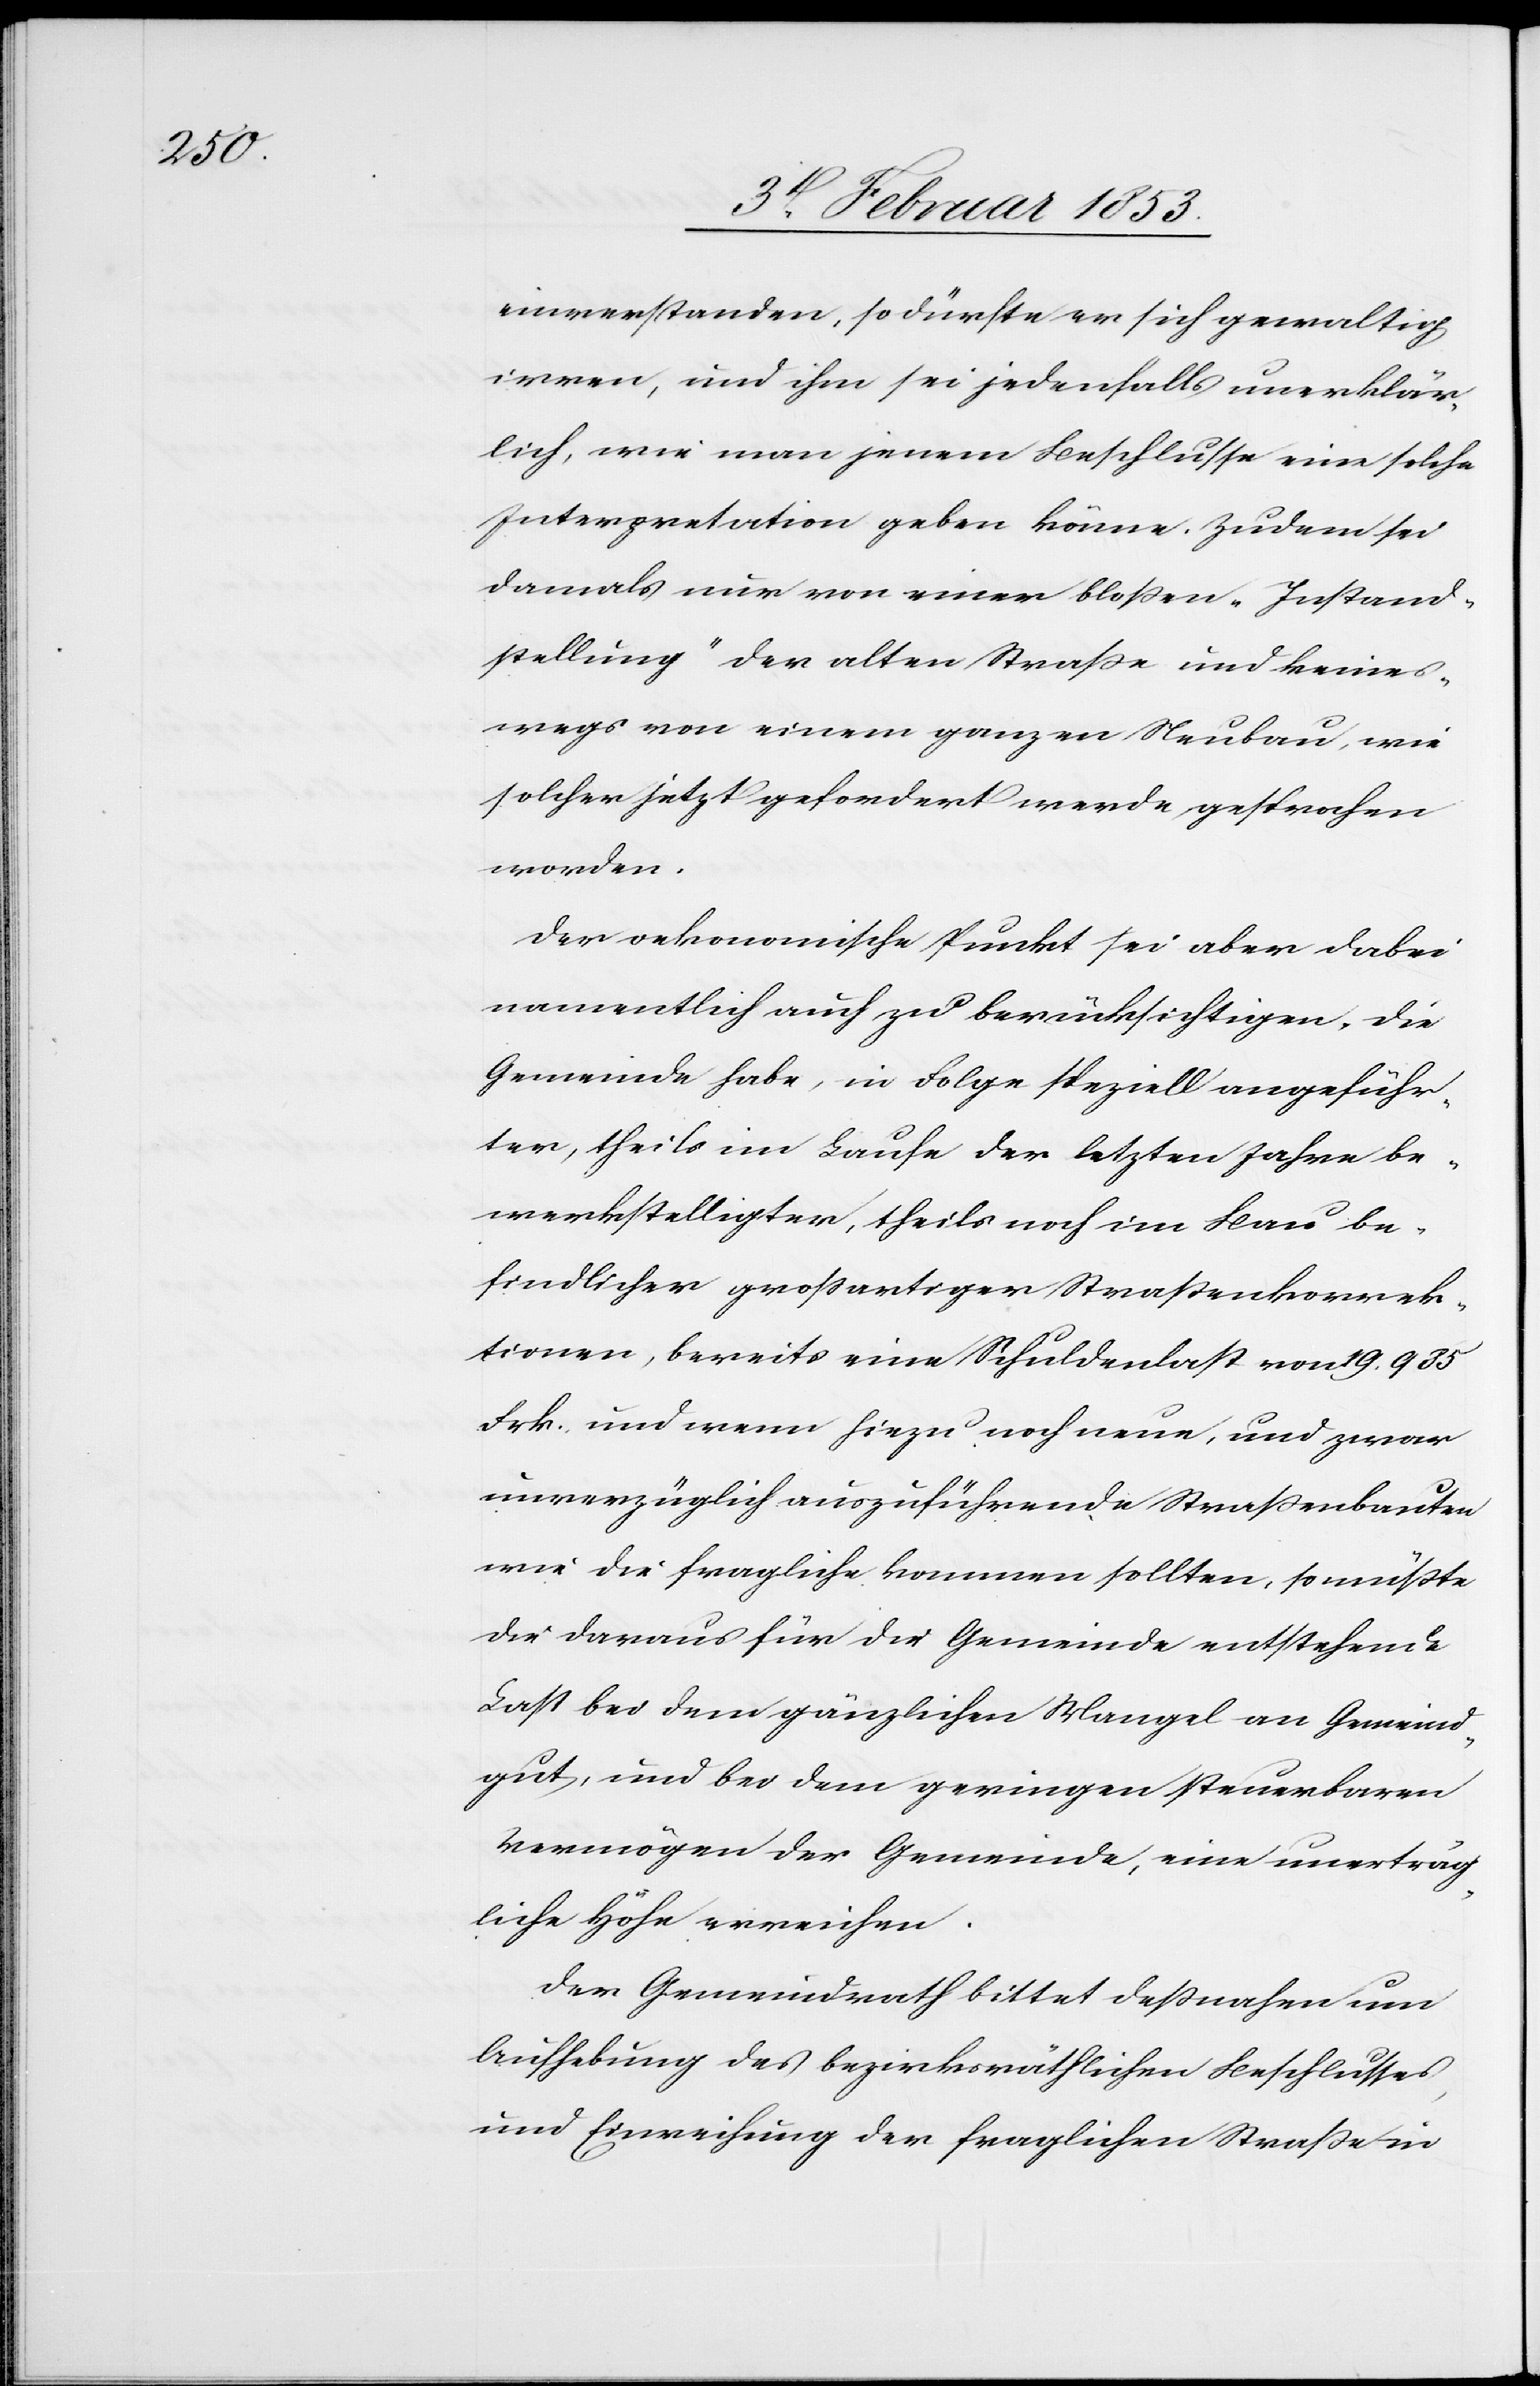
einverstanden, so dürfe er sich gewaltig
irren, und ihm sei jedenfalls unerklär¬
lich, wie man jenem Beschlusse eine solche
Interpretation geben könne. Zudem sei
damals nur vor einer bloßen „Instand¬
stellung“ der alten Straße und keines¬
wegs von einem ganzen Neubau, wie
solcher jetzt gefordert werde gesprochen
worden.
Der oekonomische Punkt sei aber dabei
namentlich auch zu berücksichtigen, die
Gemeinde habe, in Folge speziell angeführ¬
ter, theils im Laufe der letzten Jahre be¬
werkstelligten, theils noch im Bau be¬
findlichen großartigen Straßenkorrek¬
tionen, bereits eine Schuldenlast von 19. 935
Frk. und wenn hiezu noch neue, und zwar
unverzüglich ausführende Straßenbauten
wie die fragliche kommen sollten, so müßte
die daraus für die Gemeinde entsprechende
Last bei dem gänzlichen Mangel an Gemeind¬
gut, und bei dem geringen steuerbaren
Vermögen der Gemeinde, eine unerträg¬
liche Höhe erreichen.
Der Gemeindrath bittet deßnahen um
Aufhebung des bezirksräthlichen Beschlusses,
und Einweihung der fraglichen Straße in